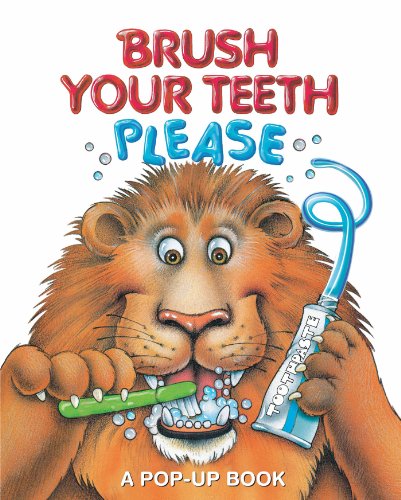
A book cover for Brush Your Teeth, Please: A Pop-up Book; Leslie Mcguire; Children's Books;